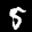
Label: 5